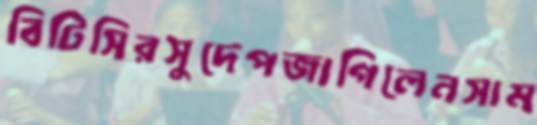
বিটিসিরসুদেপজাগিলেনসাম